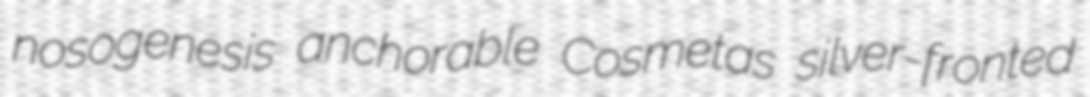
nosogenesis anchorable Cosmetas silver-fronted